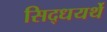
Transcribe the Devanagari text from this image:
सिद्धयर्थे